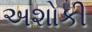
અશોકી